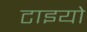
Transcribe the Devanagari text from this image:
टाइयो